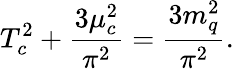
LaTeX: T_{c}^{2}+\frac{3\mu_{c}^{2}}{\pi^{2}}=\frac{3m_{q}^{2}}{\pi^{2}}.